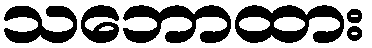
သဘောထား